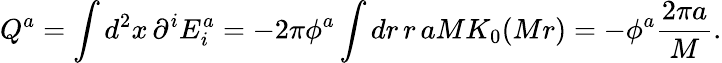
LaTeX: Q^{a}=\int d^{2}x\, \partial^{i}E_{i}^{a}=-2\pi\phi^{a}\int dr\, r\, aMK_{0}(Mr)=-\phi^{a}\frac{2\pi a}{M}.